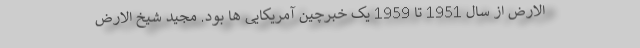
الارض از سال 1951 تا 1959 یک خبرچین آمریکایی ها بود. مجید شیخ الارض